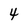
Character: 4